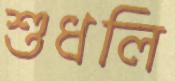
শুধলি